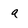
Character: a